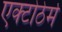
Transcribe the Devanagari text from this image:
एक्टोठेर्म